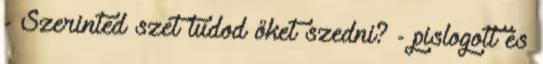
- Szerinted szét tudod őket szedni? - pislogott és